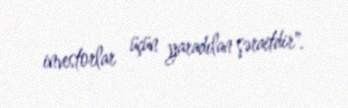
investorlar üçün yaradılan şəraitdir".